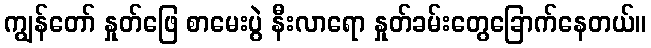
ကျွန်တော် နှုတ်ဖြေ စာမေးပွဲ နီးလာရော နှုတ်ခမ်းတွေခြောက်နေတယ်။